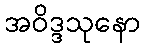
အဝိဒ္ဒသုနော